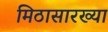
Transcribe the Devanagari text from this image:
मिठासारख्या